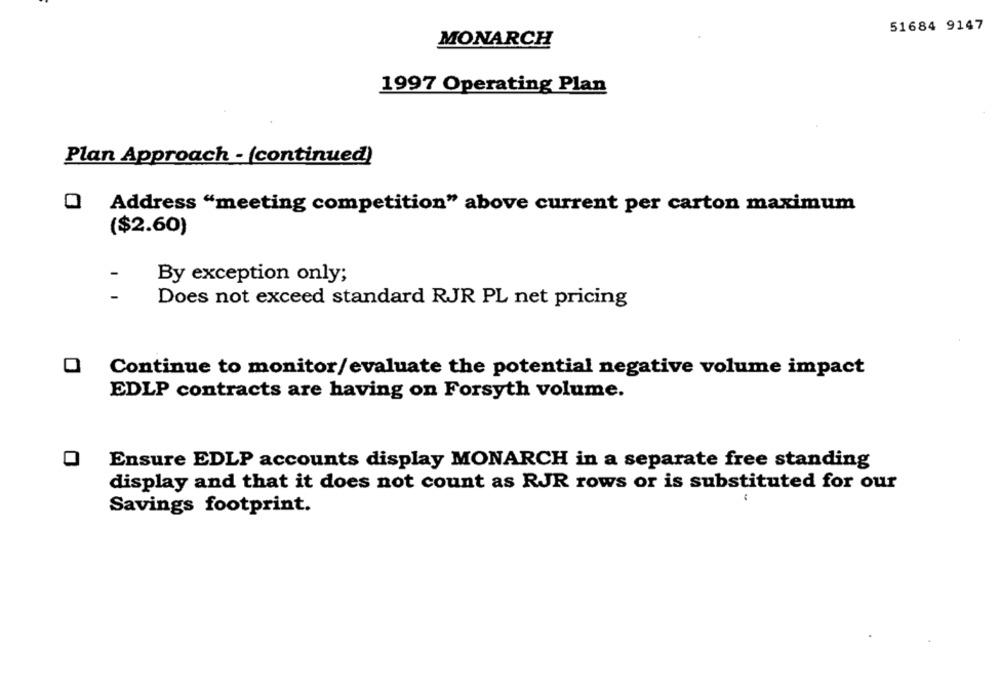
51684 9147
MONARCH
1997 Operating Plan
Plan Approach - (continued)
Address "meeting competition" above current per carton maximum
($2.60)
By exception only;
Does not exceed standard RJR PL net pricing
O Continue to monitor/evaluate the potential negative volume impact
EDLP contracts are having on Forsyth volume.
Ensure EDLP accounts display MONARCH in a separate free standing
display and that it does not count as RJR rows or is substituted for our
Savings footprint.